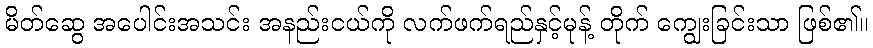
မိတ်ဆွေ အပေါင်းအသင်း အနည်းငယ်ကို လက်ဖက်ရည်နှင့်မုန့် တိုက် ကျွေးခြင်းသာ ဖြစ်၏။